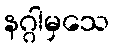
နဂ္ဂါမှသေ